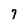
Character: 7